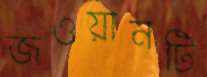
জওয়ানটি